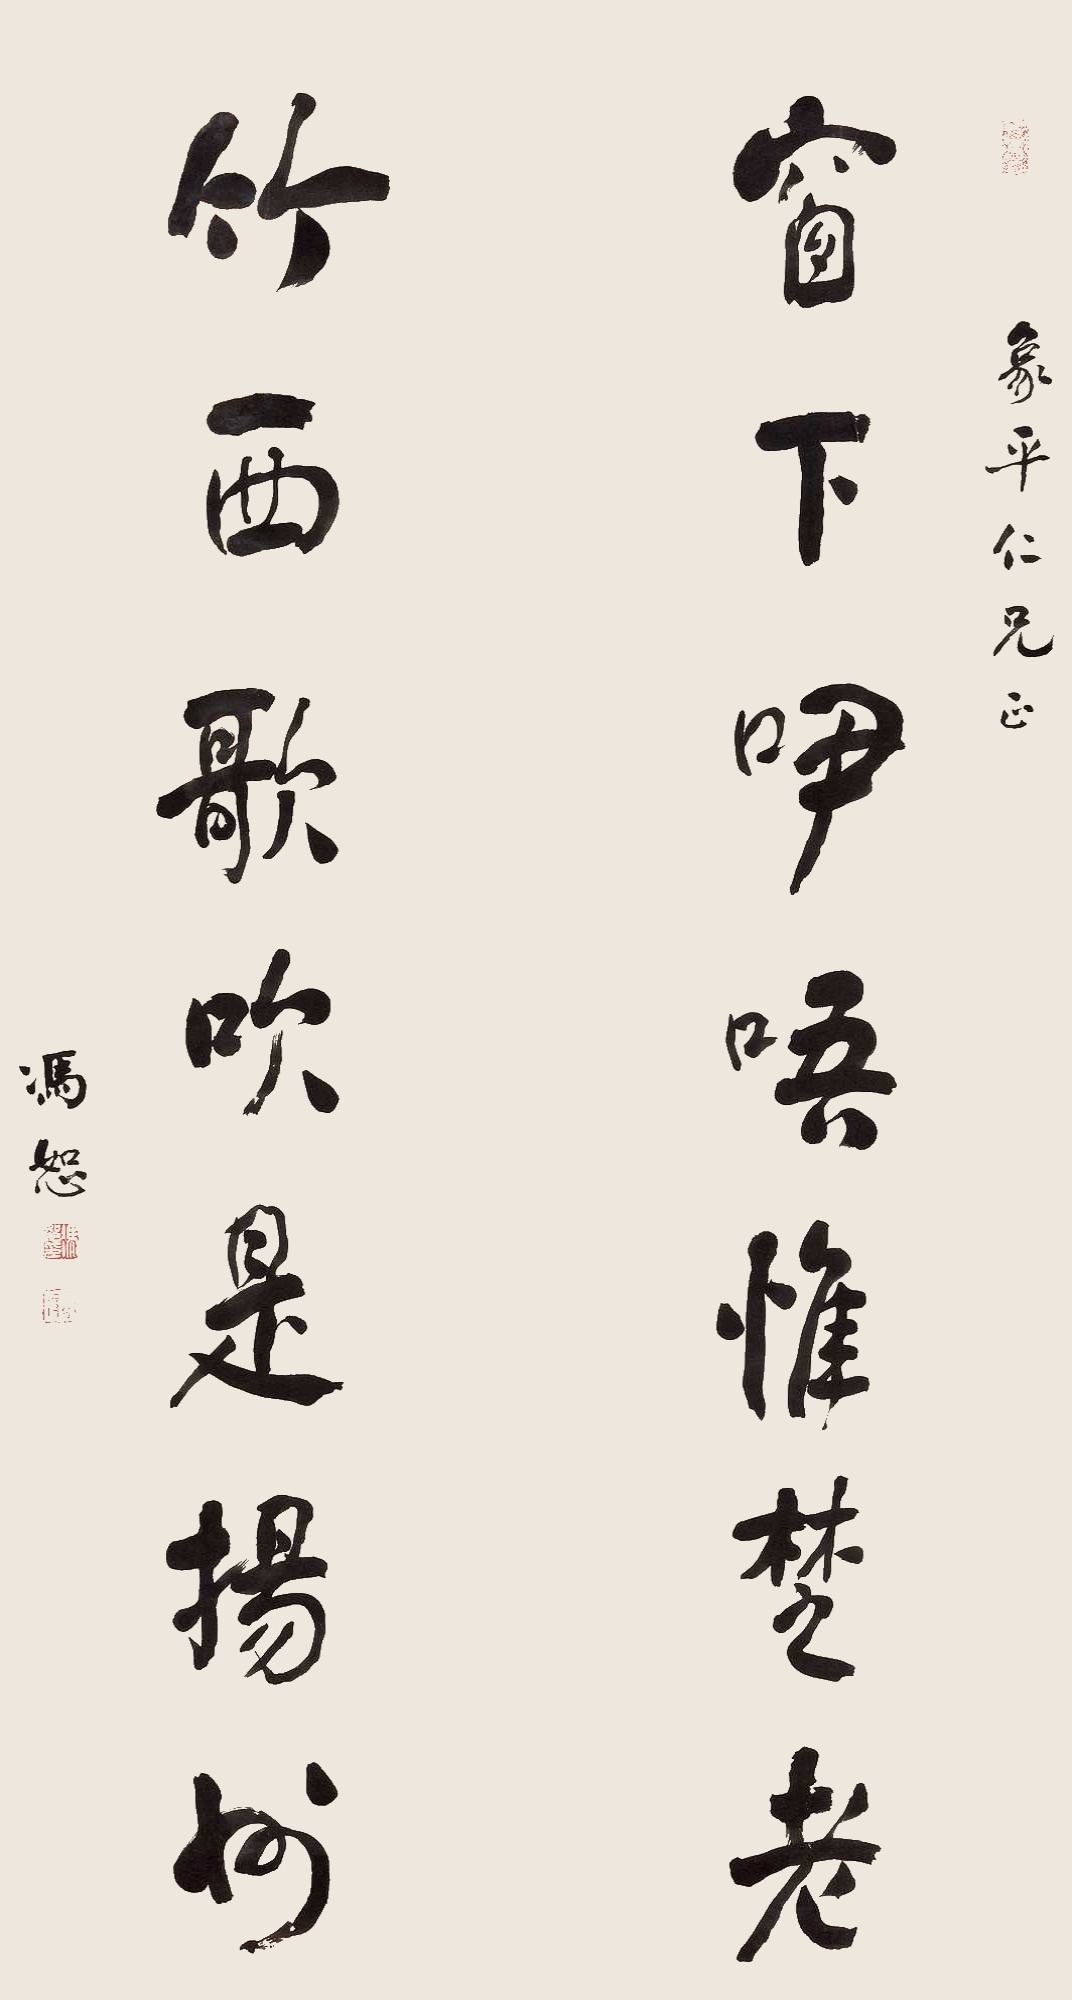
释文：窗下咿唔惟楚老，竹西歌吹是扬州。象平仁兄正，冯恕。